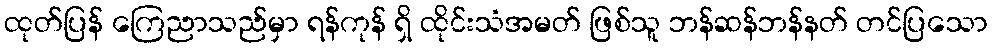
ထုတ်ပြန် ကြေညာသည်မှာ ရန်ကုန် ရှိ ထိုင်းသံအမတ် ဖြစ်သူ ဘန်ဆန်ဘန်နတ် တင်ပြသော